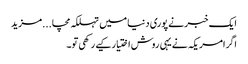
ایک خبر نے پوری دنیا میں تہلکہ مچا...مزید
اگرامریکہ نے یہی روش اختیار کیے رکھی تو۔